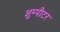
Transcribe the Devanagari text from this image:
शुम्पीटर